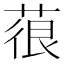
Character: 䓳